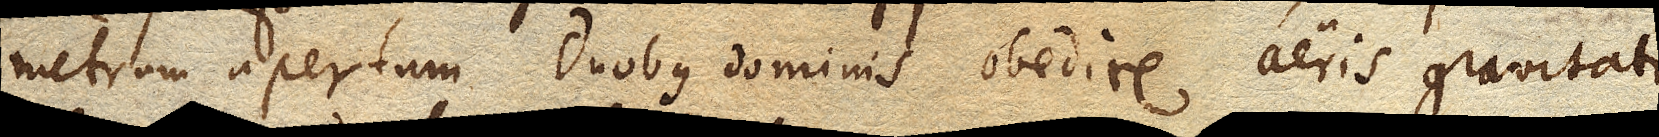
metrum apertum duobus dominis obedire aeris gravitati,